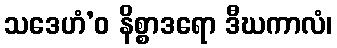
သဒေဟံ’ဝ နိစ္စာဒရော ဒီဃကာလံ၊